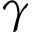
\gamma